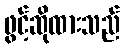
ဖွင့်ဆိုထားသည်